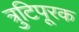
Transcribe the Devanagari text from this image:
त्रुटिपूरक